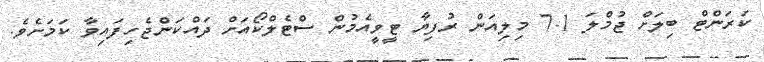
ކަރަންޓް ބިލަށް ޖުމްލަ 7.1 މިލިއަން ރުފިޔާ ޓީވީއެމުން ސްޓެލްކޯއަށް ދައްކަންޖެހިފައިވާ ކަމަށެވެ.